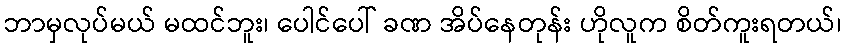
ဘာမှလုပ်မယ် မထင်ဘူး၊ ပေါင်ပေါ် ခဏ အိပ်နေတုန်း ဟိုလူက စိတ်ကူးရတယ်၊